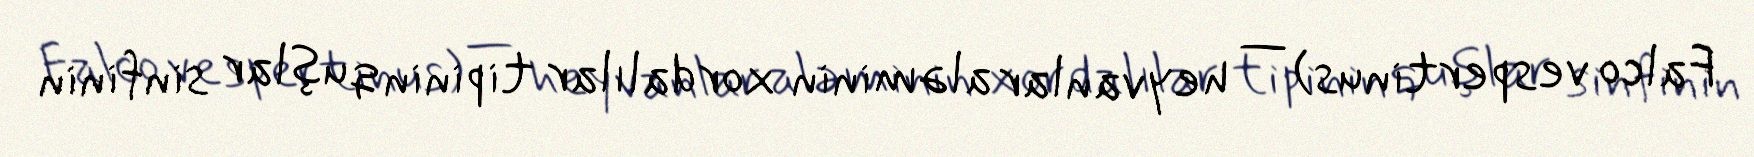
Falco vespertinus) — heyvanlar aləminin xordalılar tipinin quşlar sinfinin